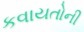
કવાયતોની